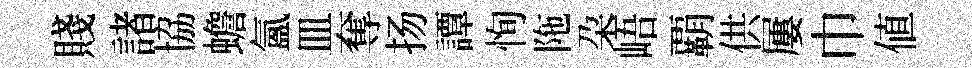
賤諸協蟾氳皿奪扬譚恂陁朶峿覇供屢巾値